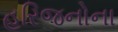
હરિજનોના